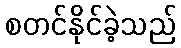
စတင်နိုင်ခဲ့သည်